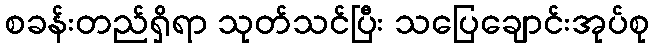
စခန်းတည်ရှိရာ သုတ်သင်ပြီး သပြေချောင်းအုပ်စု